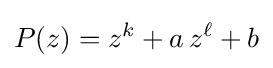
P(z)=z^{k}+a\,z^{\ell }+b